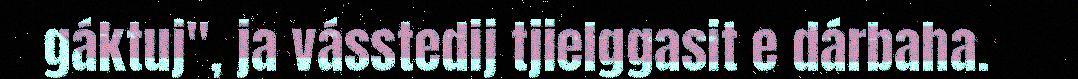
gáktuj", ja vásstedij tjielggasit e dárbaha.